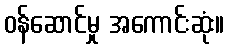
ဝန်ဆောင်မှု အကောင်းဆုံး။